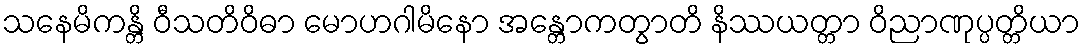
သနေမိကန္တိ ဝီသတိဝိဓာ မောဟဂါမိနော အန္တောကတွာတိ နိဿယတ္တာ ဝိညာဏုပ္ပတ္တိယာ